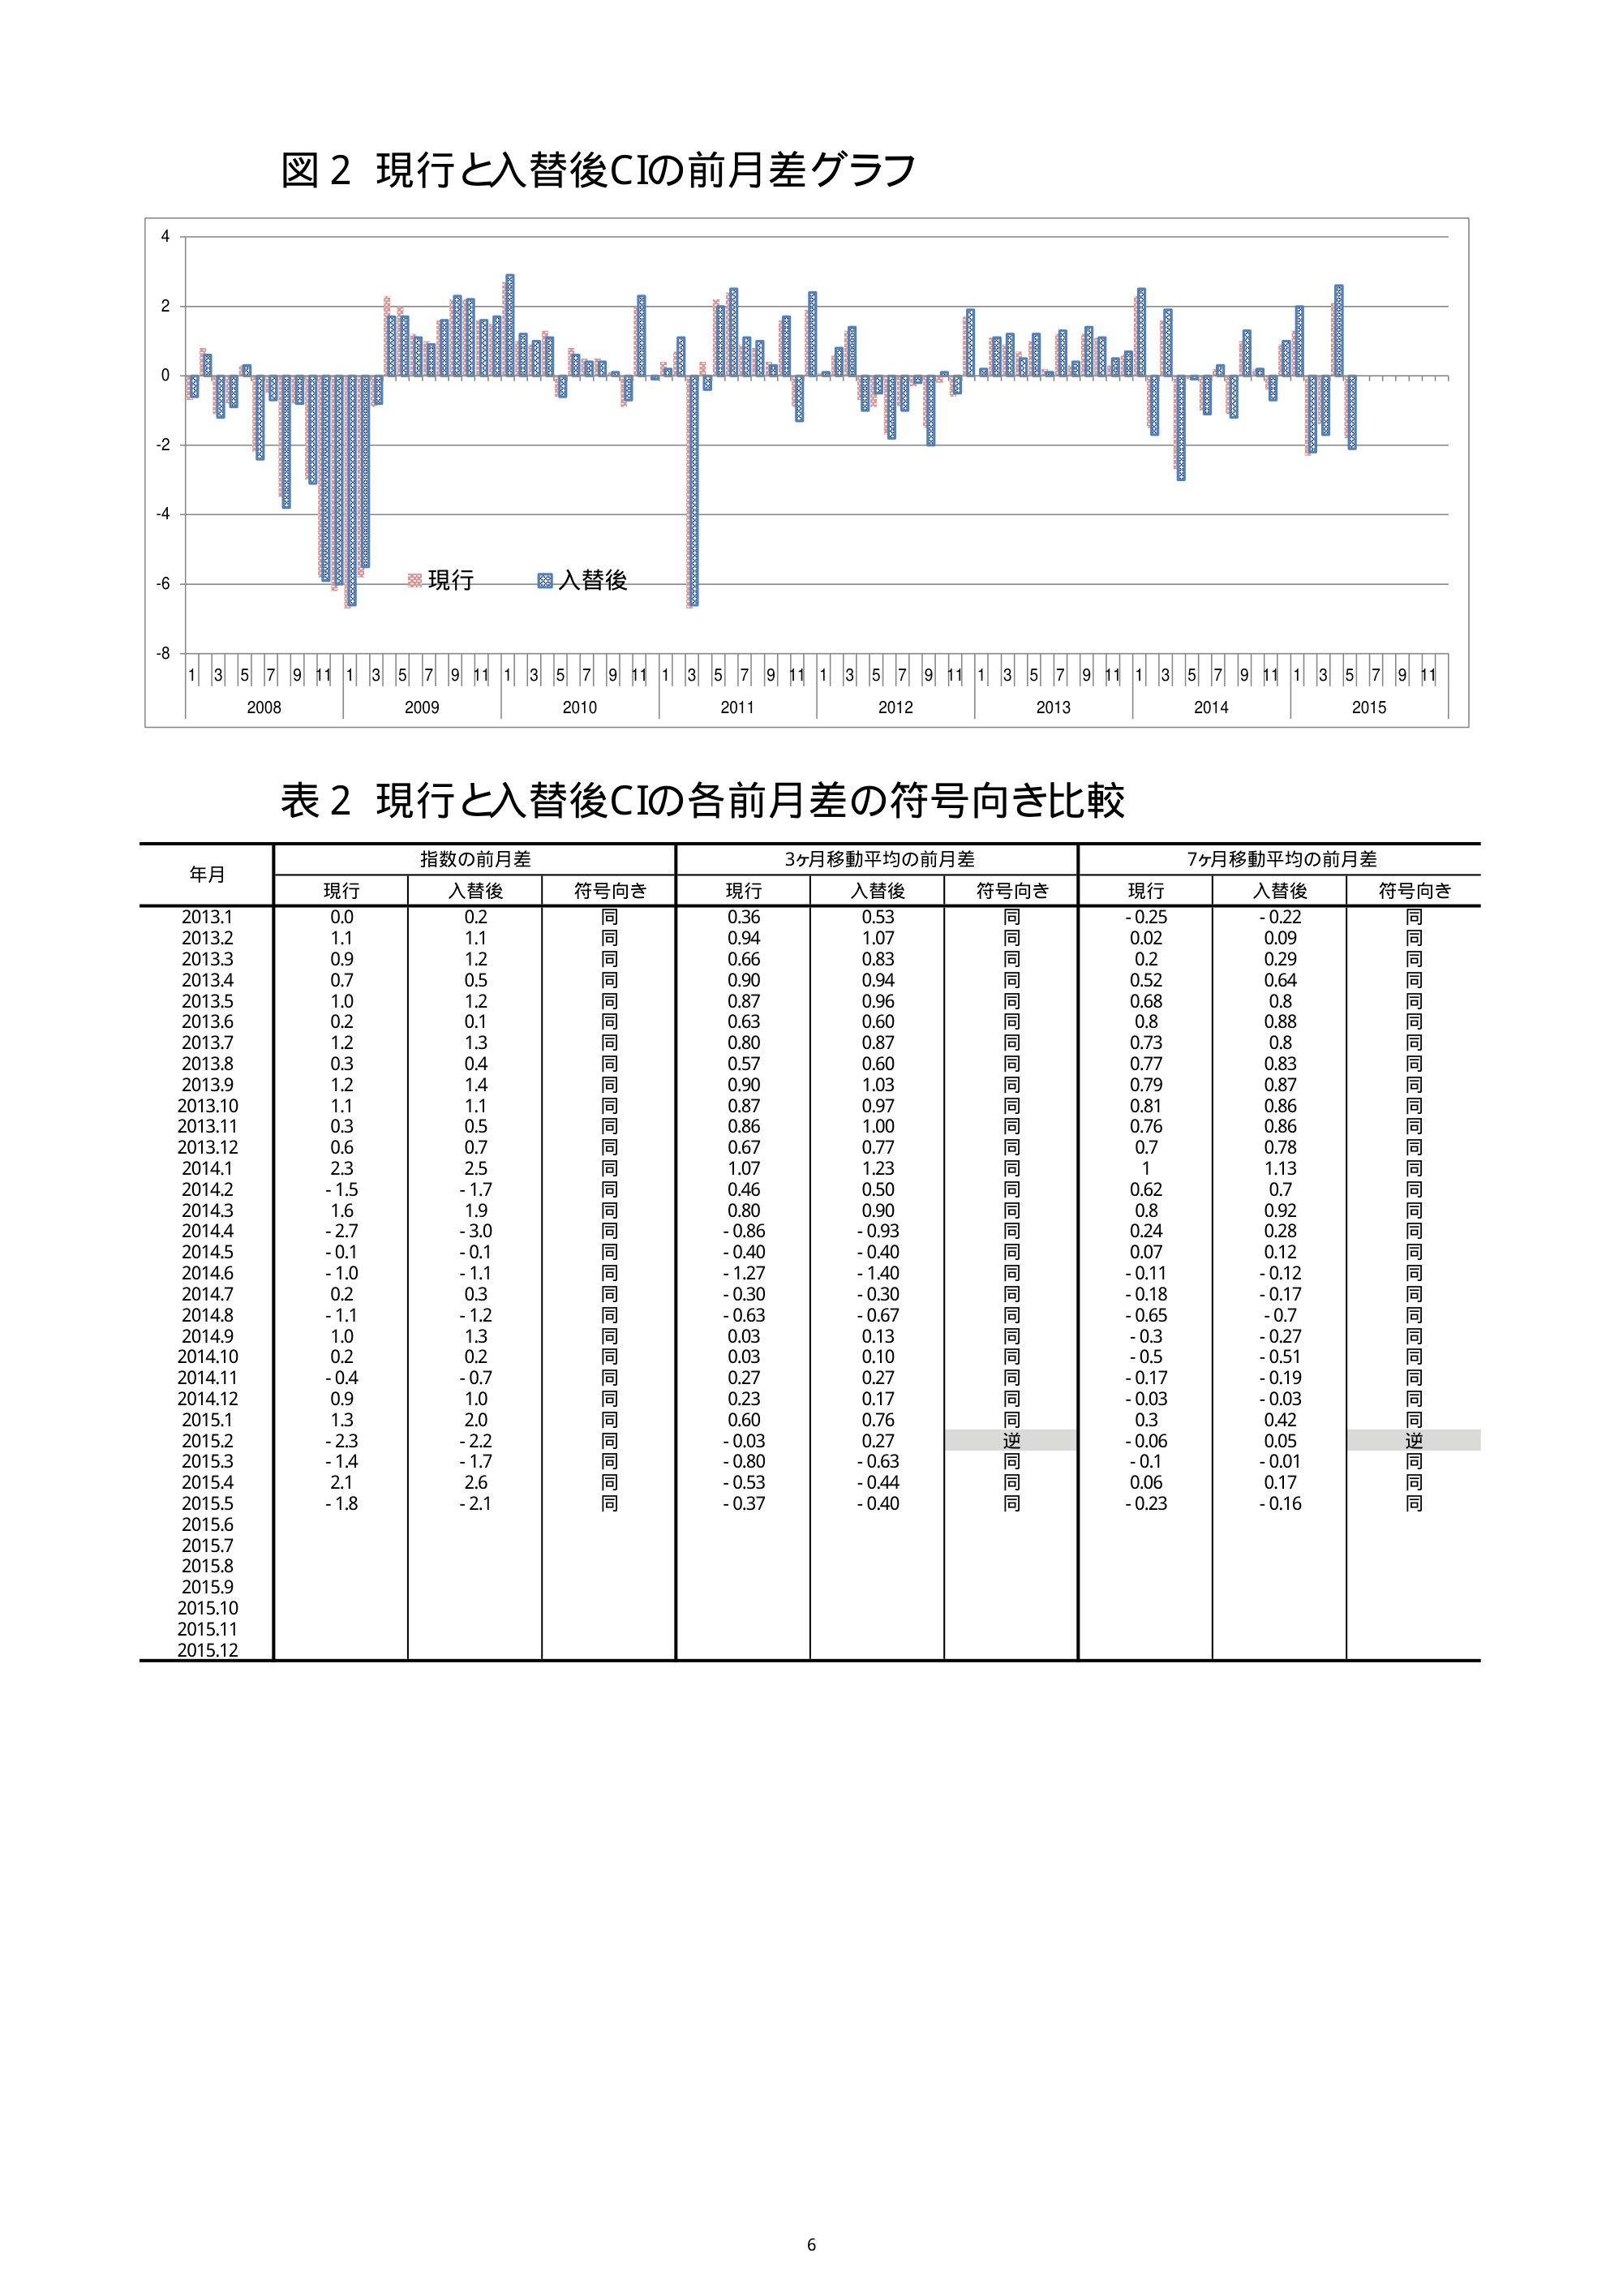
図2 現行と入替後CIの前月差グラフ

4
2
0
-2
-4
-6
-8

1 3 5 7 9 11 1 3 5 7 9 11 1 3 5 7 9 11 1 3 5 7 9 11 1 3 5 7 9 11 1 3 5 7 9 11 1 3 5 7 9 11
2008 2009 2010 2011 2012 2013 2014 2015

■ 現行 ■ 入替後

表2 現行と入替後CIの各前月差の符号向き比較

年月 指数の前月差 3ヶ月移動平均の前月差 7ヶ月移動平均の前月差
　　　現行 入替後 符号向き 現行 入替後 符号向き 現行 入替後 符号向き
2013.1 0.0 0.2 同 0.36 0.53 同 -0.25 -0.22 同
2013.2 1.1 1.1 同 0.94 1.07 同 0.02 0.09 同
2013.3 0.9 1.2 同 0.66 0.83 同 0.2 0.29 同
2013.4 0.7 0.5 同 0.90 0.94 同 0.52 0.64 同
2013.5 1.0 1.2 同 0.87 0.96 同 0.68 0.8 同
2013.6 0.2 0.1 同 0.63 0.60 同 0.8 0.88 同
2013.7 1.2 1.3 同 0.80 0.87 同 0.73 0.8 同
2013.8 0.3 0.4 同 0.57 0.60 同 0.77 0.83 同
2013.9 1.2 1.4 同 0.90 1.03 同 0.79 0.87 同
2013.10 1.1 1.1 同 0.87 0.97 同 0.81 0.86 同
2013.11 0.3 0.5 同 0.86 1.00 同 0.76 0.86 同
2013.12 0.6 0.7 同 0.67 0.77 同 0.7 0.78 同
2014.1 2.3 2.5 同 1.07 1.23 同 1 1.13 同
2014.2 -1.5 -1.7 同 0.46 0.50 同 0.62 0.7 同
2014.3 1.6 1.9 同 0.80 0.90 同 0.8 0.92 同
2014.4 -2.7 -3.0 同 -0.86 -0.93 同 0.24 0.28 同
2014.5 -0.1 -0.1 同 -0.40 -0.40 同 0.07 0.12 同
2014.6 -1.0 -1.1 同 -1.27 -1.40 同 -0.11 -0.12 同
2014.7 0.2 0.3 同 -0.30 -0.30 同 -0.18 -0.17 同
2014.8 -1.1 -1.2 同 -0.63 -0.67 同 -0.65 -0.7 同
2014.9 1.0 1.3 同 0.03 0.13 同 -0.3 -0.27 同
2014.10 0.2 0.2 同 0.03 0.10 同 -0.5 -0.51 同
2014.11 -0.4 -0.7 同 -0.27 -0.27 同 -0.17 -0.19 同
2014.12 0.9 1.0 同 0.23 0.17 同 -0.03 -0.03 同
2015.1 1.3 2.0 同 0.60 0.76 同 0.3 0.42 同
2015.2 -2.3 -2.2 同 -0.03 0.27 逆 -0.06 0.05 逆
2015.3 -1.4 -1.7 同 -0.80 -0.63 同 -0.1 -0.01 同
2015.4 2.1 2.6 同 -0.53 -0.44 同 0.06 0.17 同
2015.5 -1.8 -2.1 同 -0.37 -0.40 同 -0.23 -0.16 同
2015.6
2015.7
2015.8
2015.9
2015.10
2015.11
2015.12

6